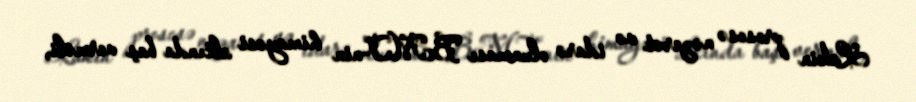
Lakin prosesə nəzarət və idarə olunması BMT-nin himayəsi altında baş verməli,